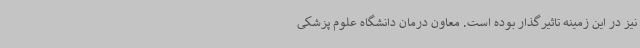
نیز در این زمینه تاثیرگذار بوده است. معاون درمان دانشگاه علوم پزشکی